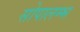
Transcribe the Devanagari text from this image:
सोपालम्भ